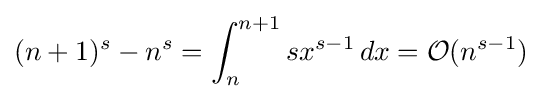
(n+1)^{s}-n^{s}=\int _{n}^{n+1}sx^{s-1}\,dx={\mathcal {O}}(n^{s-1})